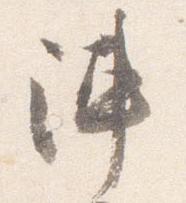
陣